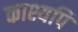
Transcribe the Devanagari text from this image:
काश्यपि